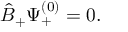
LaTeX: { \hat { B } } _ { + } \Psi _ { + } ^ { ( 0 ) } = 0 .